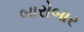
બારોબાર